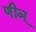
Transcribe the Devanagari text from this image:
णीञ्